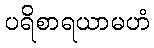
ပရိစာရယာမဟံ